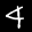
Label: 4